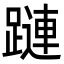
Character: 蹥